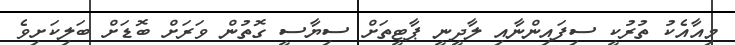
މިއާއެކު ތުރުކީ ސިފައިންނާއި ލާދީނީ ޕާޓީތަށް ސިޔާސީ ގޮތުން ވަރަށް ބޮޑަށް ބަލިކަށިވެ